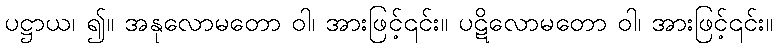
ပဋ္ဌာယ၊ ၍။ အနုလောမတော ဝါ၊ အားဖြင့်၎င်း။ ပဋိလောမတော ဝါ၊ အားဖြင့်၎င်း။